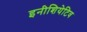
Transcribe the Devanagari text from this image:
इनीशियेटिव